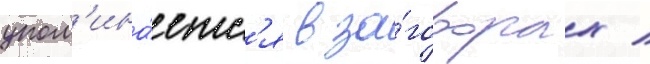
упом'ина́етс'я в за́говорах /